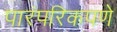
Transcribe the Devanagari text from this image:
पारंपरिकपणे